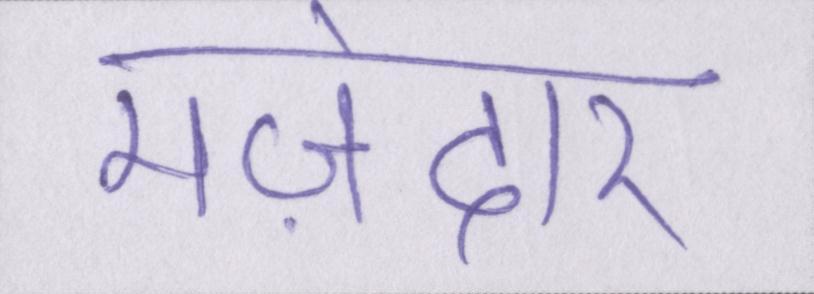
मज़ेदार